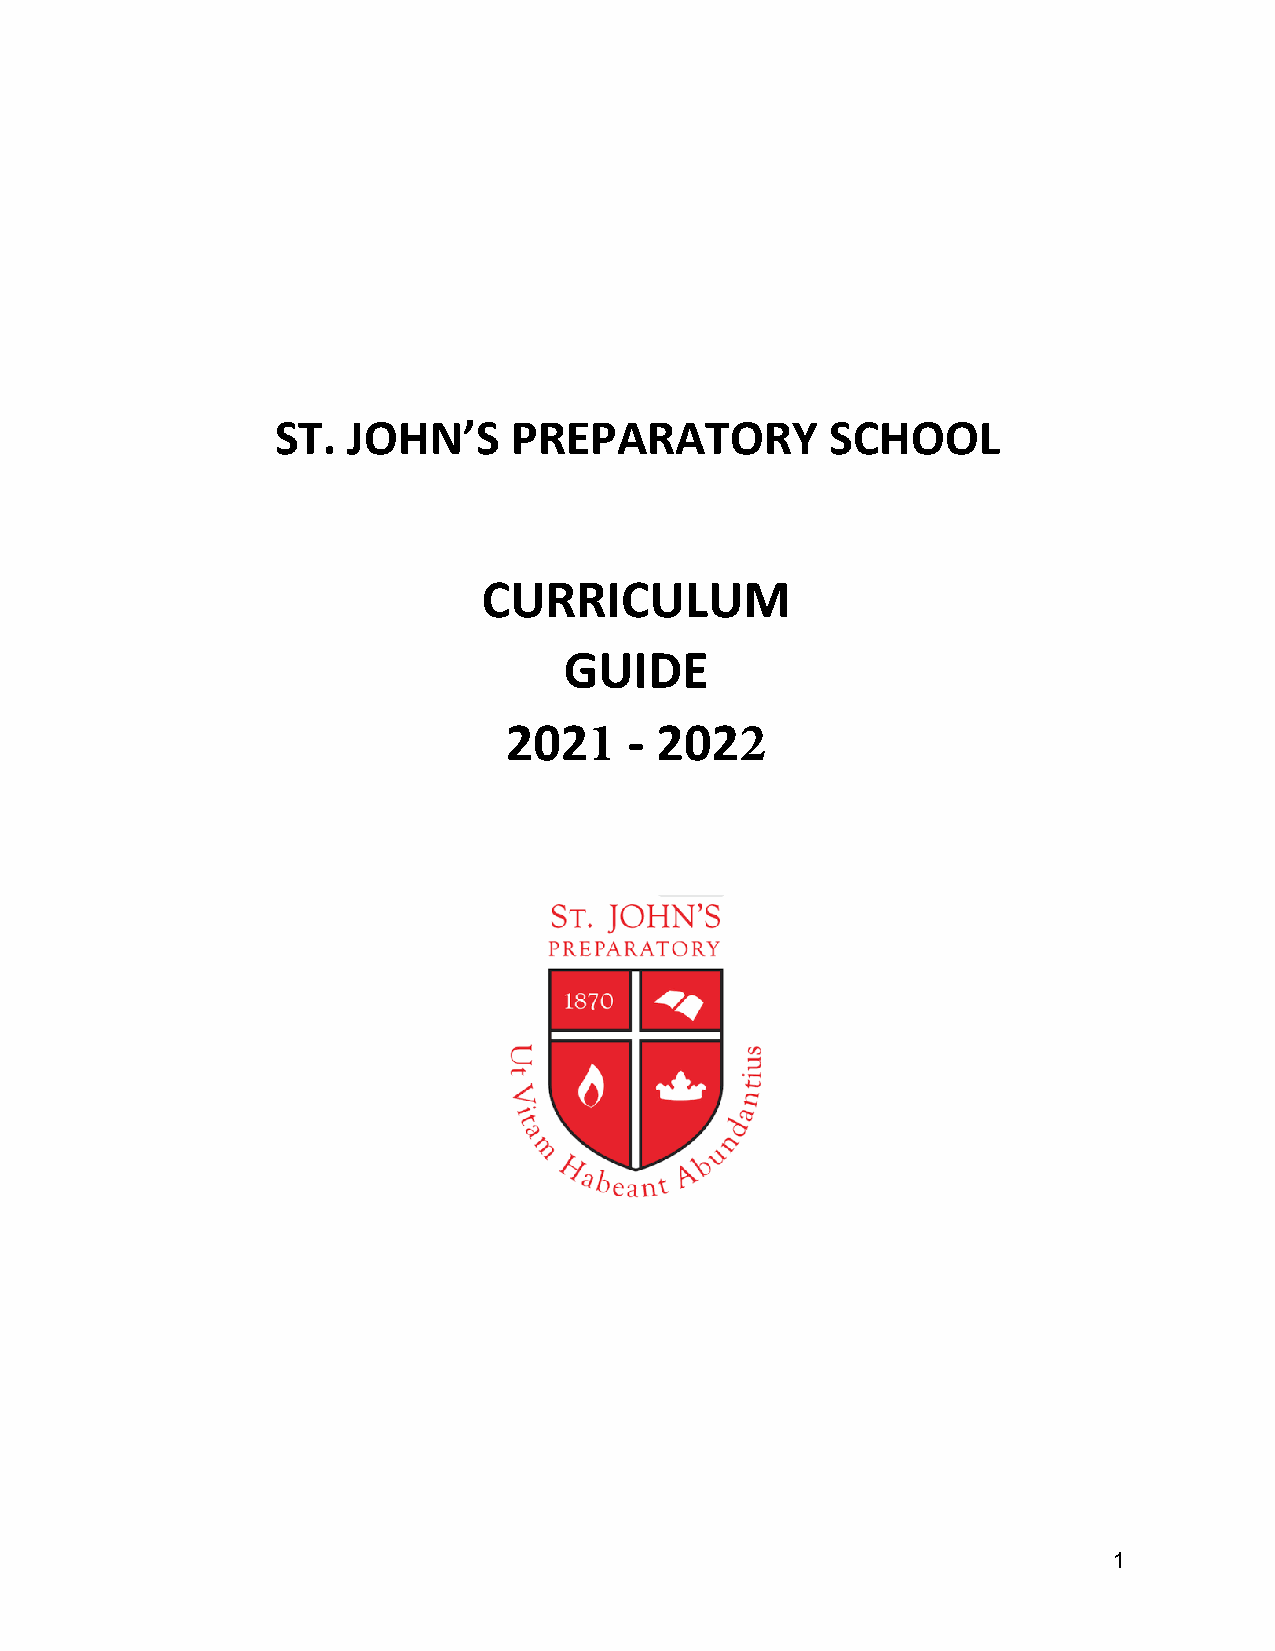
ST.  JOHN’S     PREPARATORY          SCHOOL
 CURRICULUM
 GUIDE
 2021     - 2022
 1